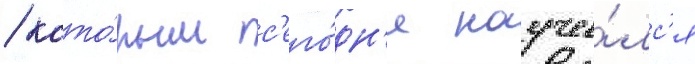
/ кото́рым с'его́дн'я научи́лс'я